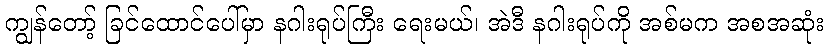
ကျွန်တော့် ခြင်ထောင်ပေါ်မှာ နဂါးရုပ်ကြီး ရေးမယ်၊ အဲဒီ နဂါးရုပ်ကို အစ်မက အစအဆုံး